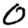
Digit: 0